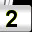
Digit: 2